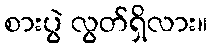
စားပွဲ လွတ်ရှိလား။